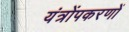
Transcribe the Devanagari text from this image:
यंत्रोंपकरणों